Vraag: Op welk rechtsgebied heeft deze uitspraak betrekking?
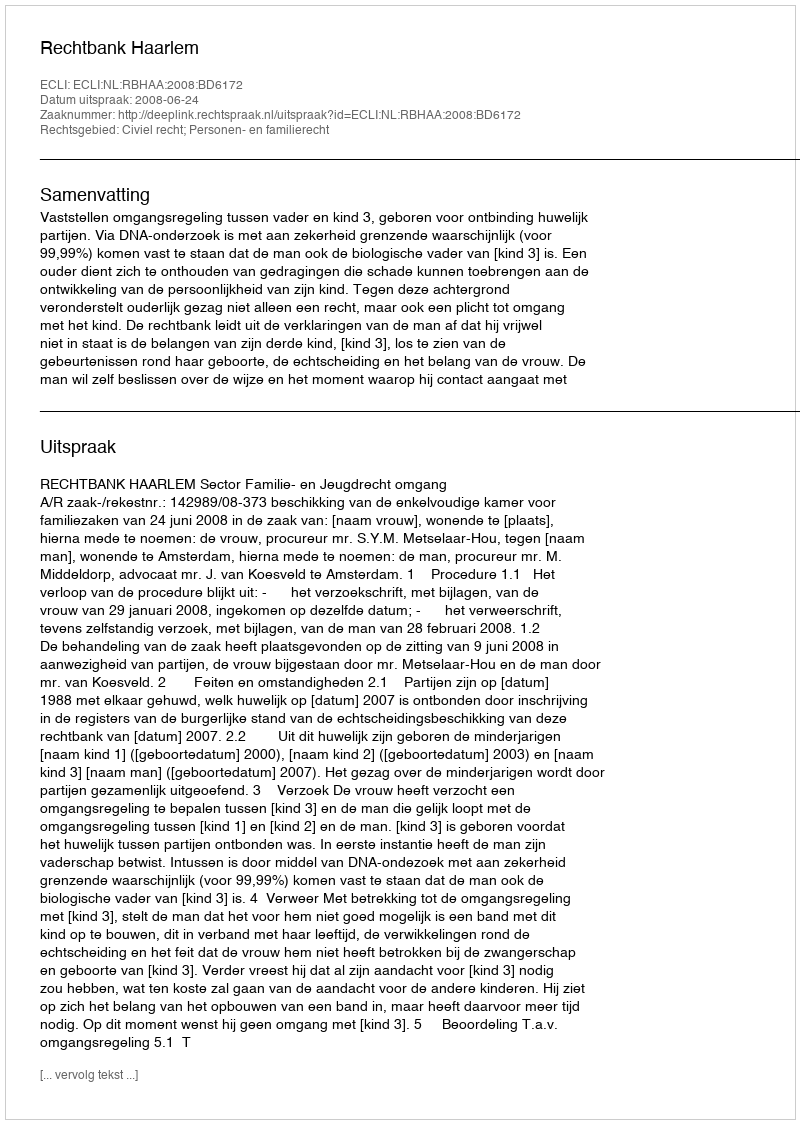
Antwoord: Civiel recht; Personen- en familierecht